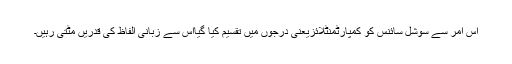
اس امر سے سوشل سائنس کو کمپارٹمنٹلائزیعنی درجوں میں تقسیم کیا گیااس سے زبانی الفاظ کی قدریں مٹتی رہیں۔